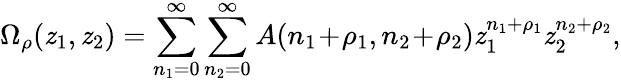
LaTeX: \Omega_{\rho}(\mathit{z}_{1},\mathit{z}_{2})=\sum_{n_{1}=0}^{\infty}\sum_{n_{2}=0}^{\infty}A(n_{1}\! +\! \rho_{1},n_{2}\! +\! \rho_{2})\mathit{z}_{1}^{n_{1}+\rho_{1}}\mathit{z}_{2}^{n_{2}+\rho_{2}},